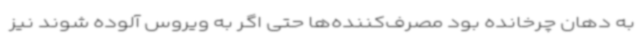
به دهان چرخانده‌ بود مصرف‌کننده‌ها حتی اگر به ویروس آلوده شوند نیز